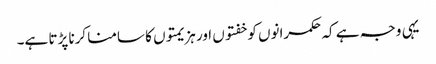
یہی وجہ ہے کہ حکمرانوں کو خفتوں اور ہزیمتوں کا سامنا کرنا پڑتا ہے۔